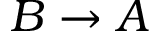
B \rightarrow A